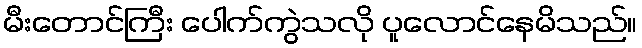
မီးတောင်ကြီး ပေါက်ကွဲသလို ပူလောင်နေမိသည်။